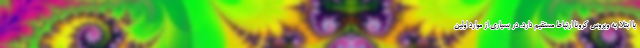
با ابتلا به ویروس کرونا ارتباط مستقیم دارد. در بسیاری از موارد اولین